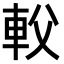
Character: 𨊽